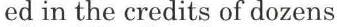
ed in the credits of dozens